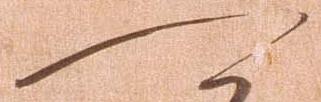
可